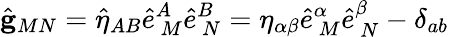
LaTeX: \hat{{\mathbf g}}_{MN}=\hat{\eta}_{AB}\hat{e}_{\ M}^{A}\hat{e}_{\ N}^{B}=\eta_{\alpha\beta}\hat{e}_{\ M}^{\alpha}\hat{e}_{\ N}^{\beta}-\delta_{ab}